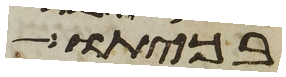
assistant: בכיתו